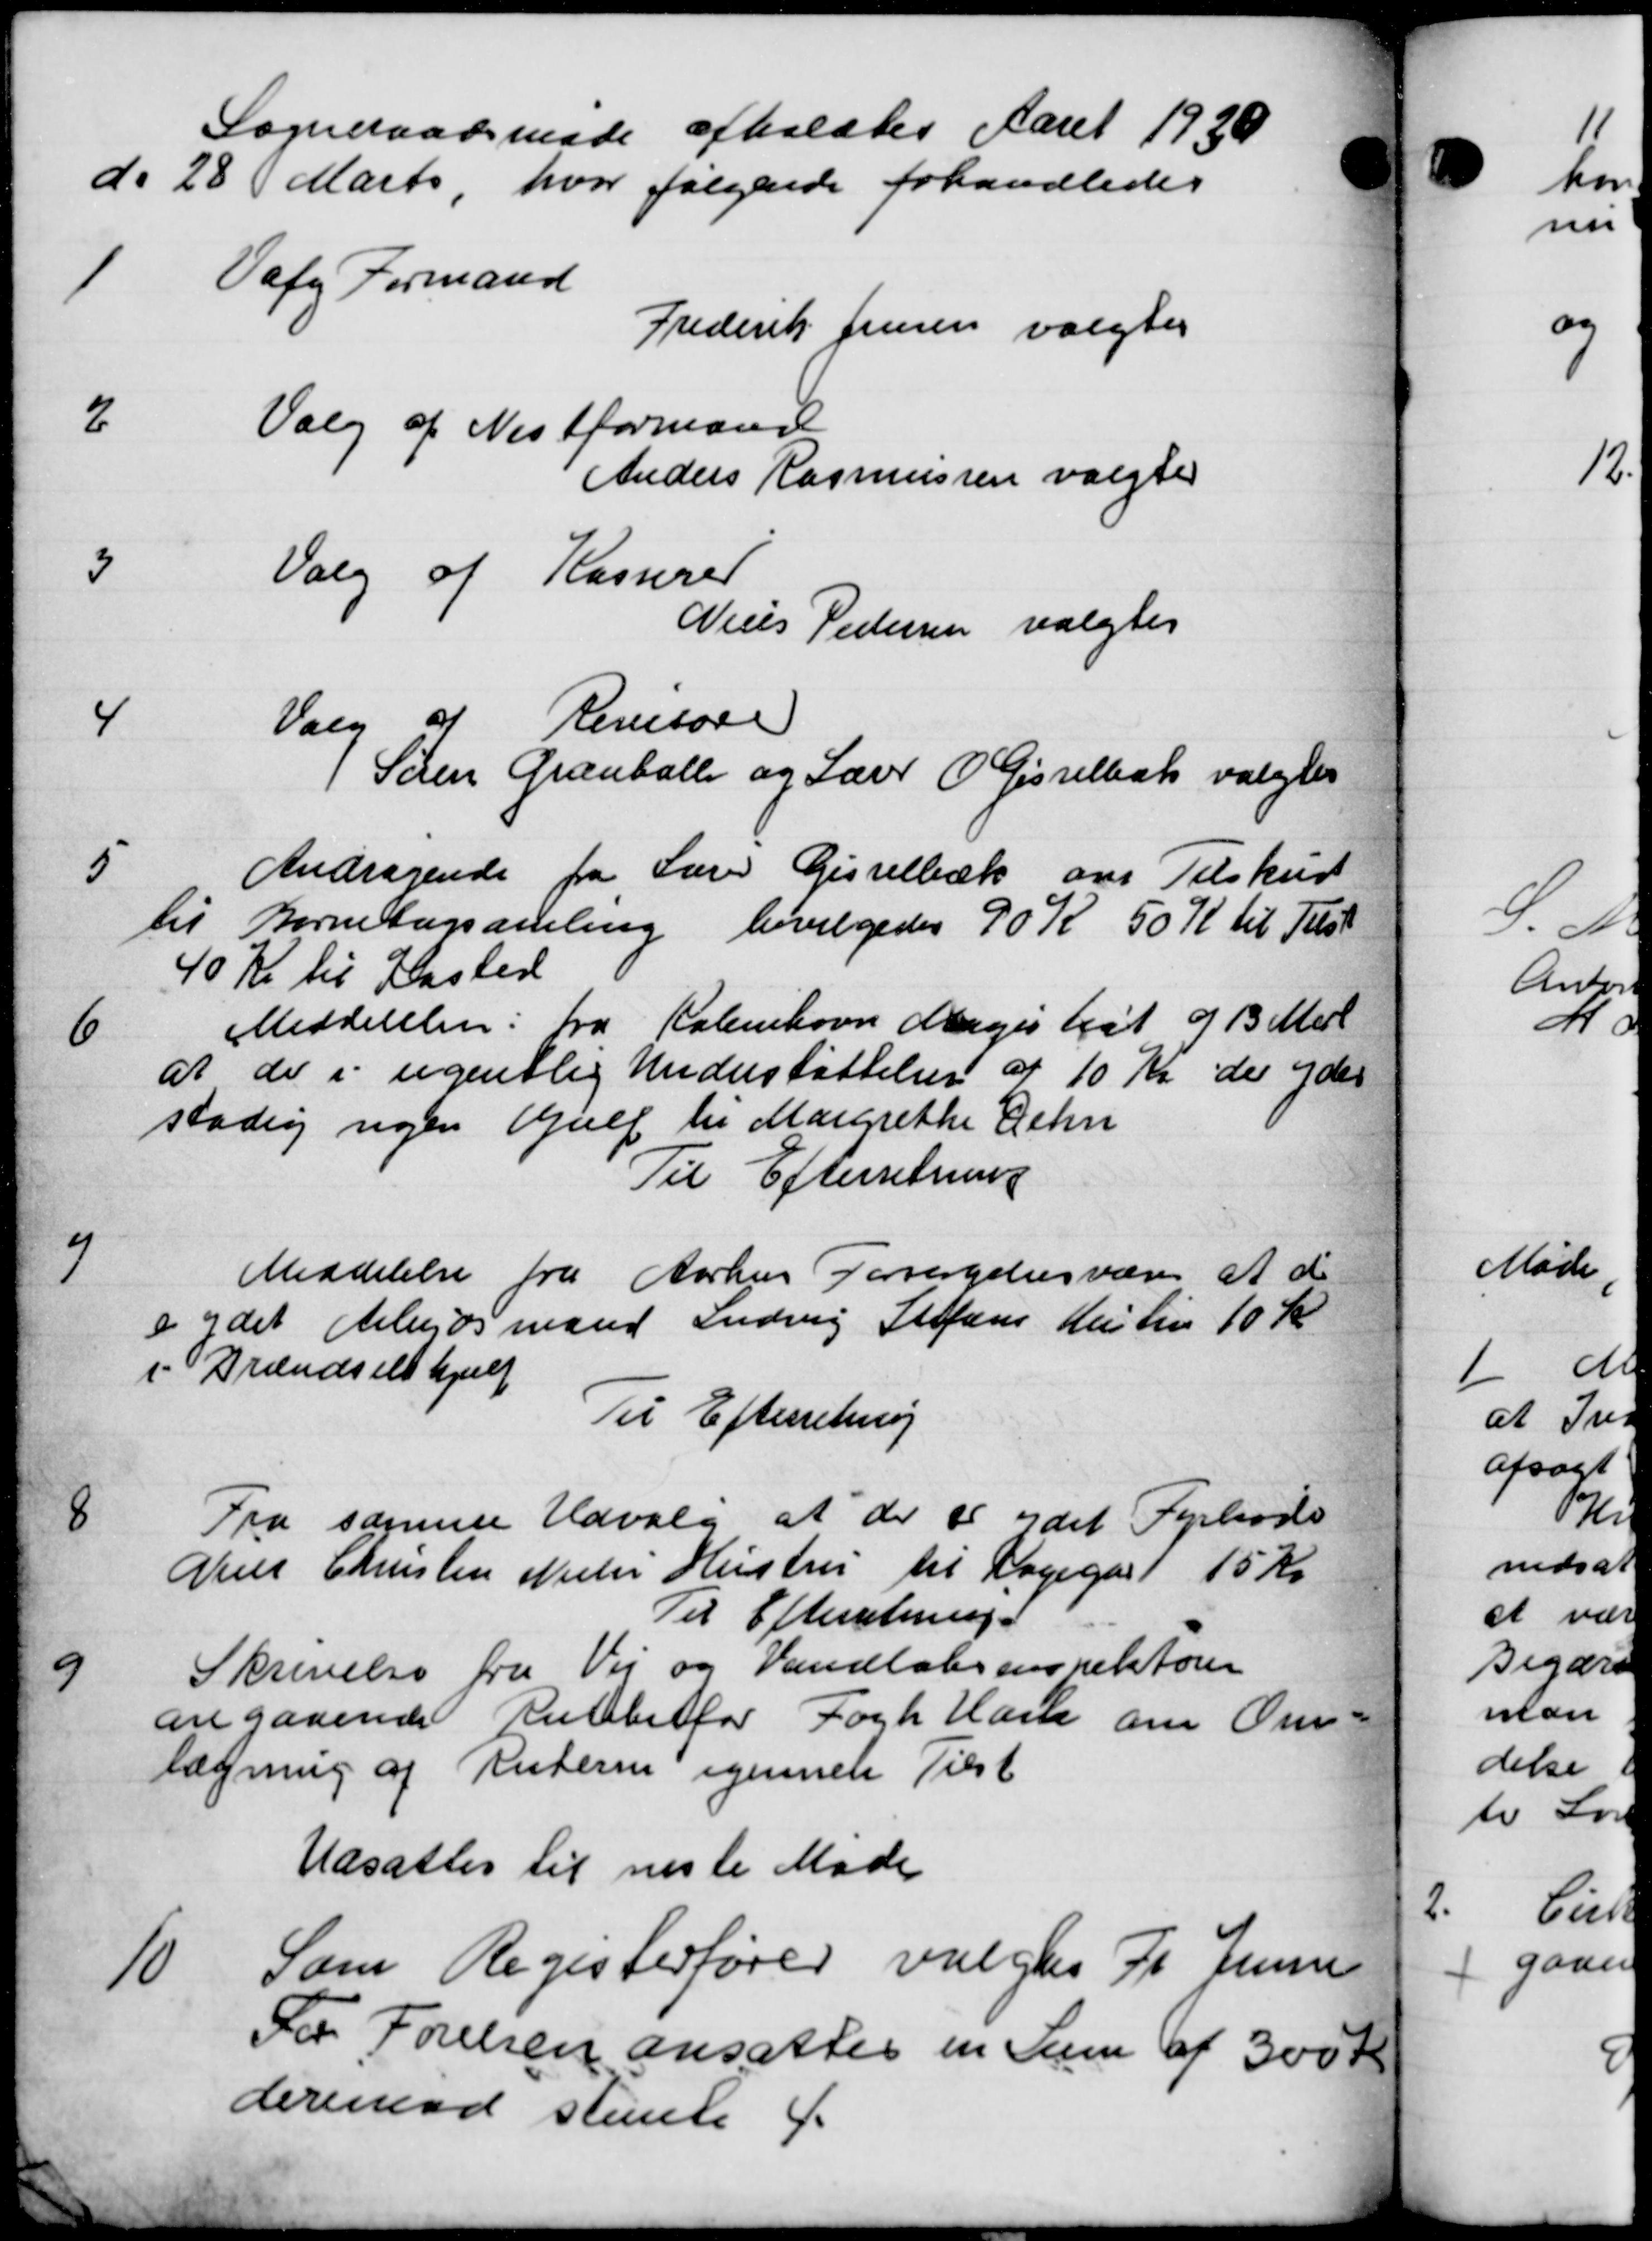
Transskription:
Sogneraadsmøde afholdtes Aaret 1920
de 28 Marts, hvor følgende forhandledes
1
Vafg Formand
Frederik Jensen valgtes
2
Valg af Næstformand
Anders Rasmussen valgtes
3
Valg af Kasserer
Niels Pedersen valgtes
4
Valg af Revisore
 Søren Grænballe og Lærer O. Gisselbæk valgtes
5
Andragende fra Lærer Gisselbæk om Tilskud
til Børnebogsamling bevilgedes 90 K 50 Kr til Tilst
40 Kr til Kasted
6
Meddelelser: fra København Magistrat af 13 Medl
at de i ugentlig Understøttelser af 10 Kr der ydes
stadig ugen Gulf til Margrethe Lehn
Til Efterretning
7
Meddelelse fra Aarhus Forsørgelsesvæsen at de
o ydet Arbejdsmand Ludvig Stefans Kristen 10 Kr
i Drændselshjælp
Til Efterretning
8
Fra samme Udvalg at der er ydet Fyrbøde
Niels Christen Nielsen Hustru til Dagegård 15 Kr
Til Efterretning
9
Skrivelse fra Vej og Vandløbsinspektøren
angaaende Rutebefor Fogh Hans om Om-
lægning af Ruteren igennet Tilst
Udsattes til næste Møde
10
Som Registerfører valgtes Fr. Juni
For Førelsen ansattes en Sum af 300 Kr.
derimod stemte f